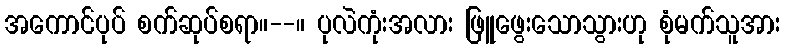
အကောင်ပုပ် စက်ဆုပ်စရာ။--။ ပုလဲကုံးအလား ဖြူဖွေးသောသွားဟု စုံမက်သူအား